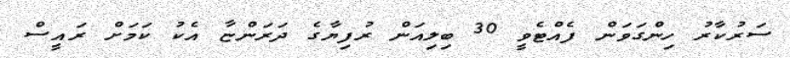
ސަރުކާރު ހިންގަވަން ފެއްޓެވީ 30 ބިލިއަން ރުފިޔާގެ ދަރަންޏާ އެކު ކަމަށް ރައީސް